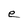
Character: e